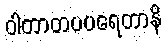
ဝါတာတပပရေတာနိ